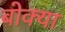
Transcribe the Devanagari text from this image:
बोक्या